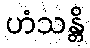
ဟံသန္တိ